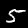
Label: 5